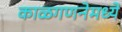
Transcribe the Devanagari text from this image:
काळगणनेमध्ये